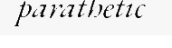
parathetic